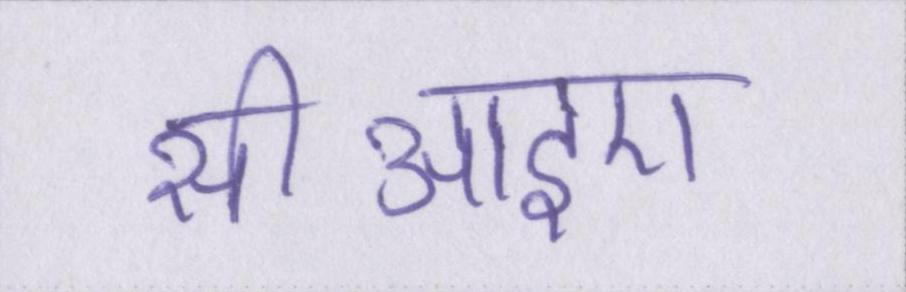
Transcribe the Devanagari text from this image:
सीआइए